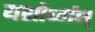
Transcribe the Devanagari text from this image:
यशोर्ध्मन्